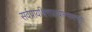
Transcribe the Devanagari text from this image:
सर्वप्रायश्चित्तप्रत्याम्नायभूतां